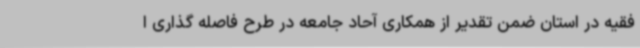
فقیه در استان ضمن تقدیر از همکاری آحاد جامعه در طرح فاصله گذاری ا